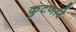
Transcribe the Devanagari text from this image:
कुटणारे